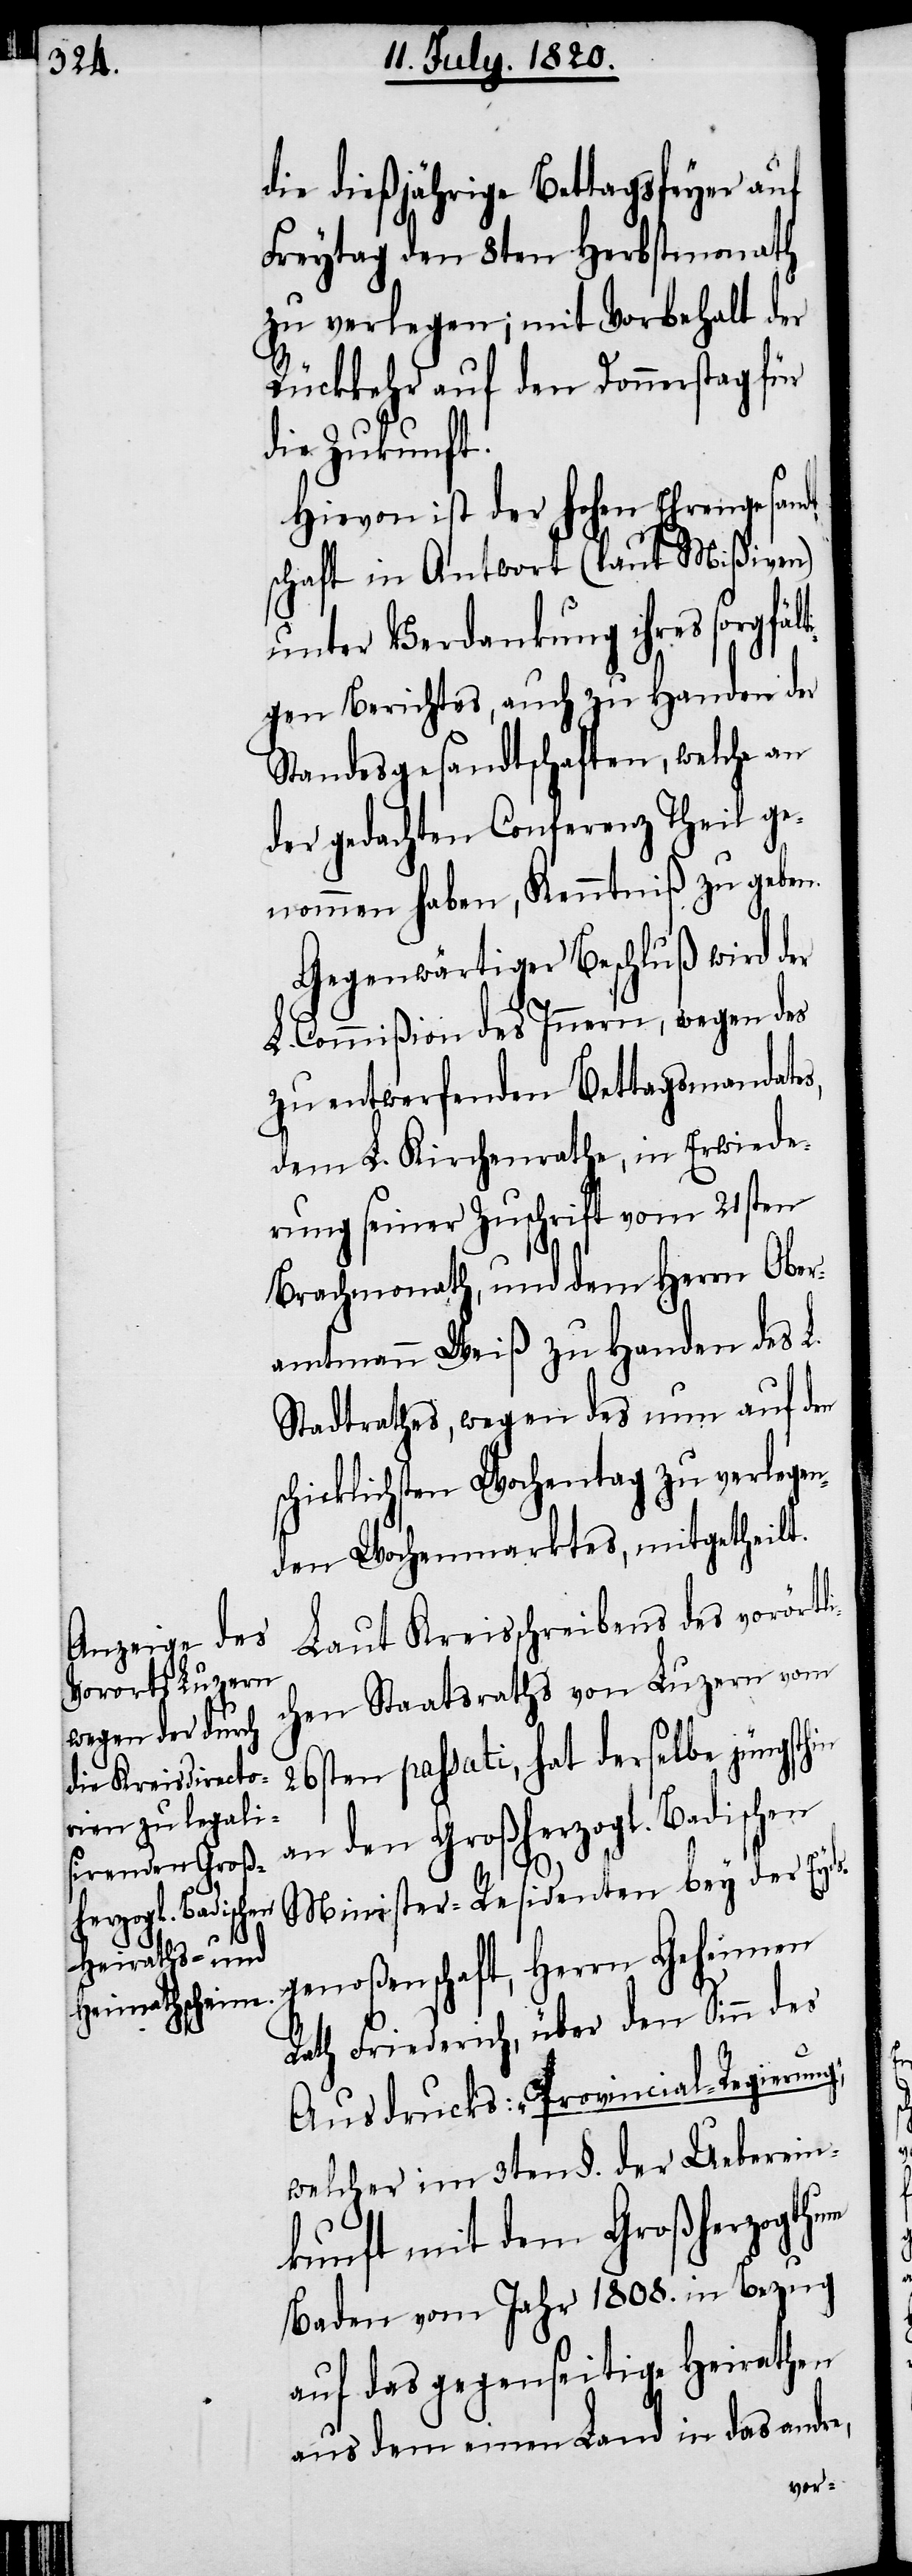
rgfälti¬

die dießjährige Bettagsfeyer auf
Freytag den 8ten Herbstmonath
zu verlegen; mit Vorbehalt der
Rückkehr auf den Donnerstag für
die Zukunft.
Hievon ist der hohen Ehrengsandt¬
schaft in Antwort (laut Mißiven)
unter Verdankungn ihres so¬
gen Berichtes, auch zu Handen der
Standesgesandtschaften, welche an
der gedachten Conferenz Theil ge¬
nommen haben, Kenntniß zu geben.
Gegenwärtiger Beschluß wird der
L. Commißion des Innern, wegen des
zu entwerfenden Bettagsmonathes,
dem L. Kirchenrathe, in Erwiede¬
rung seiner Zuschrift vom 21sten
Brachmonath, und dem Herrn Ober¬
amtmann Weiß zu Handen des L.
Stadtrathes, wegen des nun auf den
schicklichsten Wochentag zu verlegen¬
den Wochenmarktes, mitgetheilt.
Laut Kreisschreibens des vorörtli¬
chen Staatsraths von Luzern vom
26sten passati, hat derselbe jüngsthin
an den Großherzogl. Badischen
Minister-Residenten bey der Eyds¬
genoßenschaft, Herrn Geheimen
Rath Friederich, über den Sinn des
Ausdrucks: „Provincial-Regierung“,
welcher im 3ten §. der Ueberein¬
kunft mit dem Großherzogthum
Baden vom Jahr 1808. in Bezug
auf das gegenseitige heirathen
aus dem einen Land in das andre,